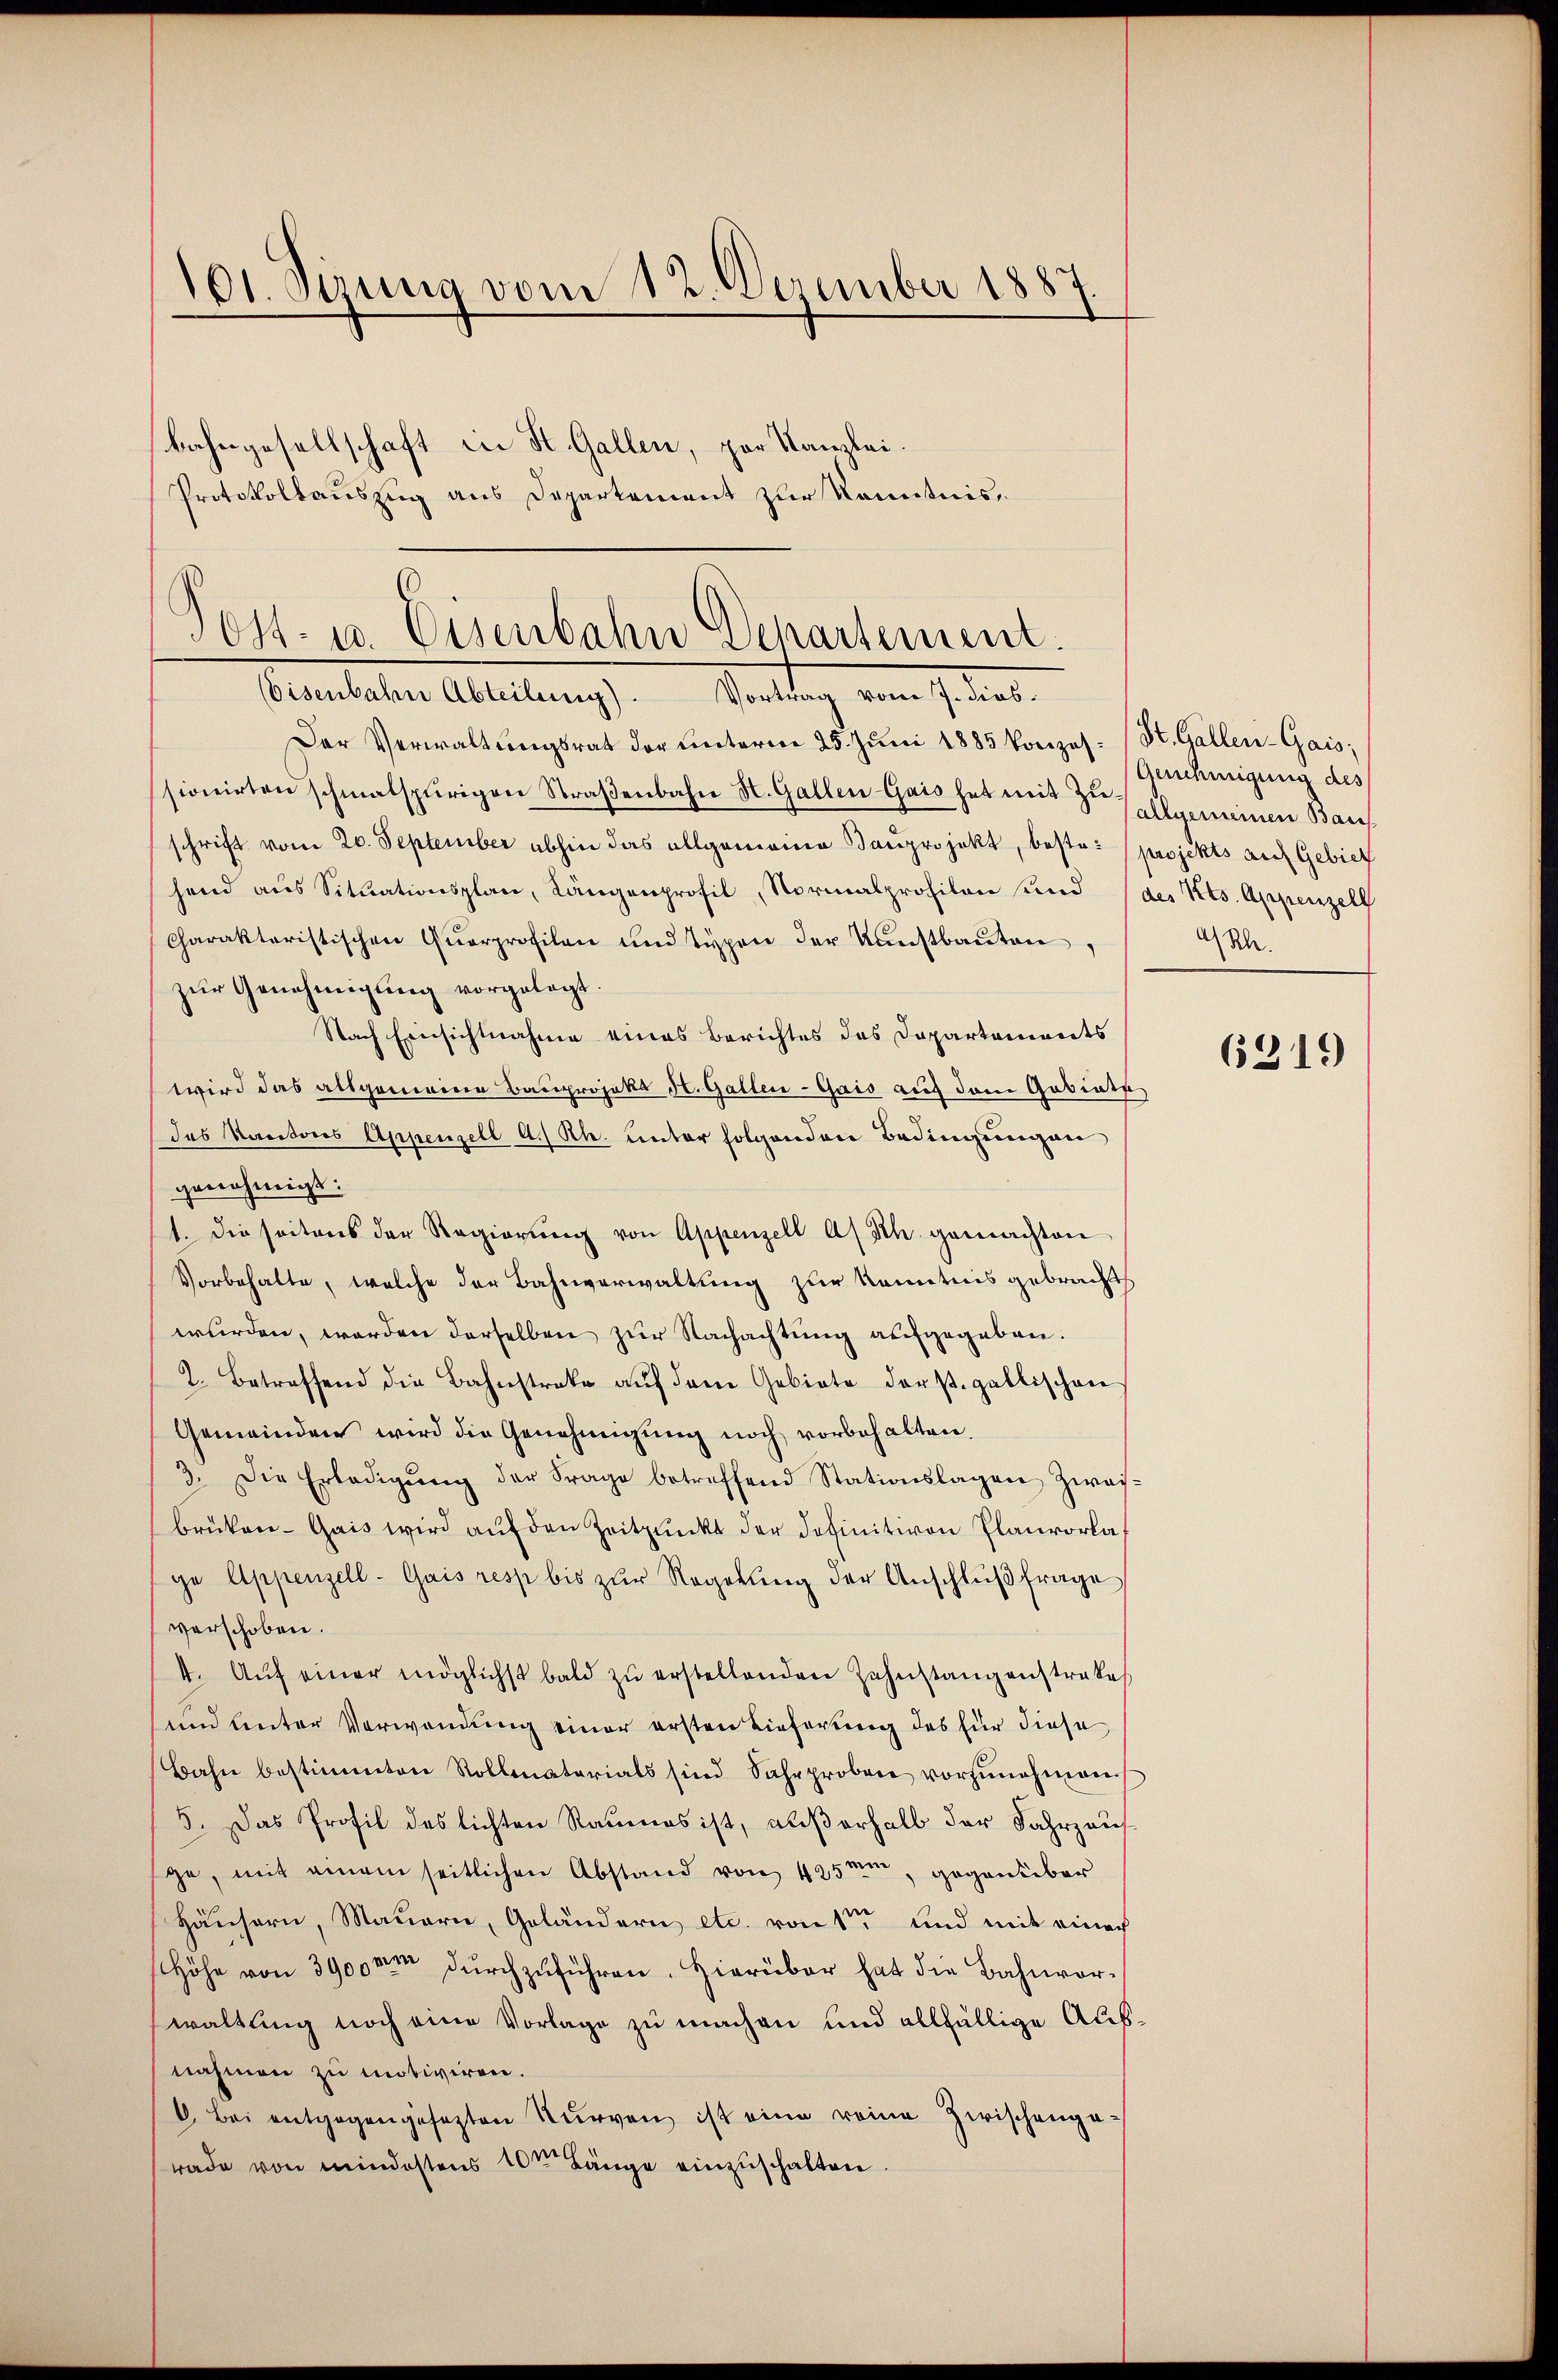
101. Sirung vom 12. Dezember 1887
1

bahngesellschaft in St. Gallen, par Kanzlei.
Protokollauszug aus Departement zur Kenntnis¬

Post- u. Eisenbahn Departement.
Eernerhalten Abellung .   Mittag von so der

Der Verwaltŭngsrat der unterm 25. Jŭni 1885 Vorzel. (St. Gallen-Gais;
ssionirten schmalspurigen Straβenbahn St. Gallen Gais hat mit der Hellgemeinen Baus
schrift vom 20. September abhin das allgemeine Bauprojekt, beste: projekts auch Gebiet
hend aus Sitŭationsplan, Längenprofil, Normalprofilen und (des Kts. Appenzell
charakteristischen Qŭarprofilen und Typen der Kunstbaŭten,
zur Genehmigung vorgelegt.
Nach Einsichtnahme eines Berichtes des Departements
wird das allgemeine Bauprojekt Hr. Gallen-Gais auf dem Gubiatp
das Kantons Appenzell A. Rh. unter folgenden Bedingungen
genehmigt:
1. die seitens der Regierŭng von Appenzell A. Sch. gemachten
Vorbehalte, welche der Bahnverwaltung zur Kenntnis gebracht
wurden, werden derselben zur Nachachtung aufgegeben.
2. Betreffend die Bahnstreke aŭf dem Gebiete darst. gallischen
Gemeinden wird die Genehmigung noch vorbehalten.
3. Die Erledigŭng der Frage betreffend Stationslagen Zwais-
brüker-Gais wird auf den Zeitpunkt der Definitiven Planvorlaf
ge Appenzell-Gais resp bis zŭr Regerŭng der Anschlŭβ frage
verschoben.
4. Aŭf einer möglichst bald zu erstellenden Zahnstangenstrakes
und Unter Verwendung einer ersten Lieferung des für diese
Bahn bestimmten Rollmaterials sind Fahrprobene vorzunehmen.
5. Das Profil des lichten Raumes ist, außerhalb der Fahrzaus
ge, mit einem seitlichen Abstand von 425m, gegenüber
Häusern, Mauern, Geländern etc. von 1te und mit einer
Höhe von 3900 m durchzuführen. Hierüber hat die Bahnvorwaltung noch eine Vorlage zu machen und allfällige Ausnahmen zu motiviren.
C. Bei entgegengesezten Kurven ist eine reine Zwischengarade von mindestens 10ten Länge einzuschalten.

Genehmigung des
a/Rh.

6319